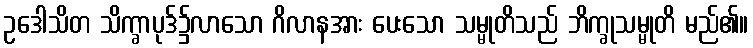
ဥဒေါသိတ သိက္ခာပုဒ်၌လာသော ဂိလာနအား ပေးသော သမ္မုတိသည် ဘိက္ခုသမ္မုတိ မည်၏။